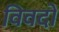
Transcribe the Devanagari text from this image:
विवदो